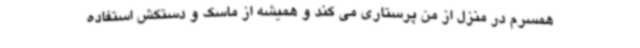
همسرم در منزل از من پرستاری می کند و همیشه از ماسک و دستکش استفاده